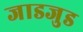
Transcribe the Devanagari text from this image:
जाडजुड